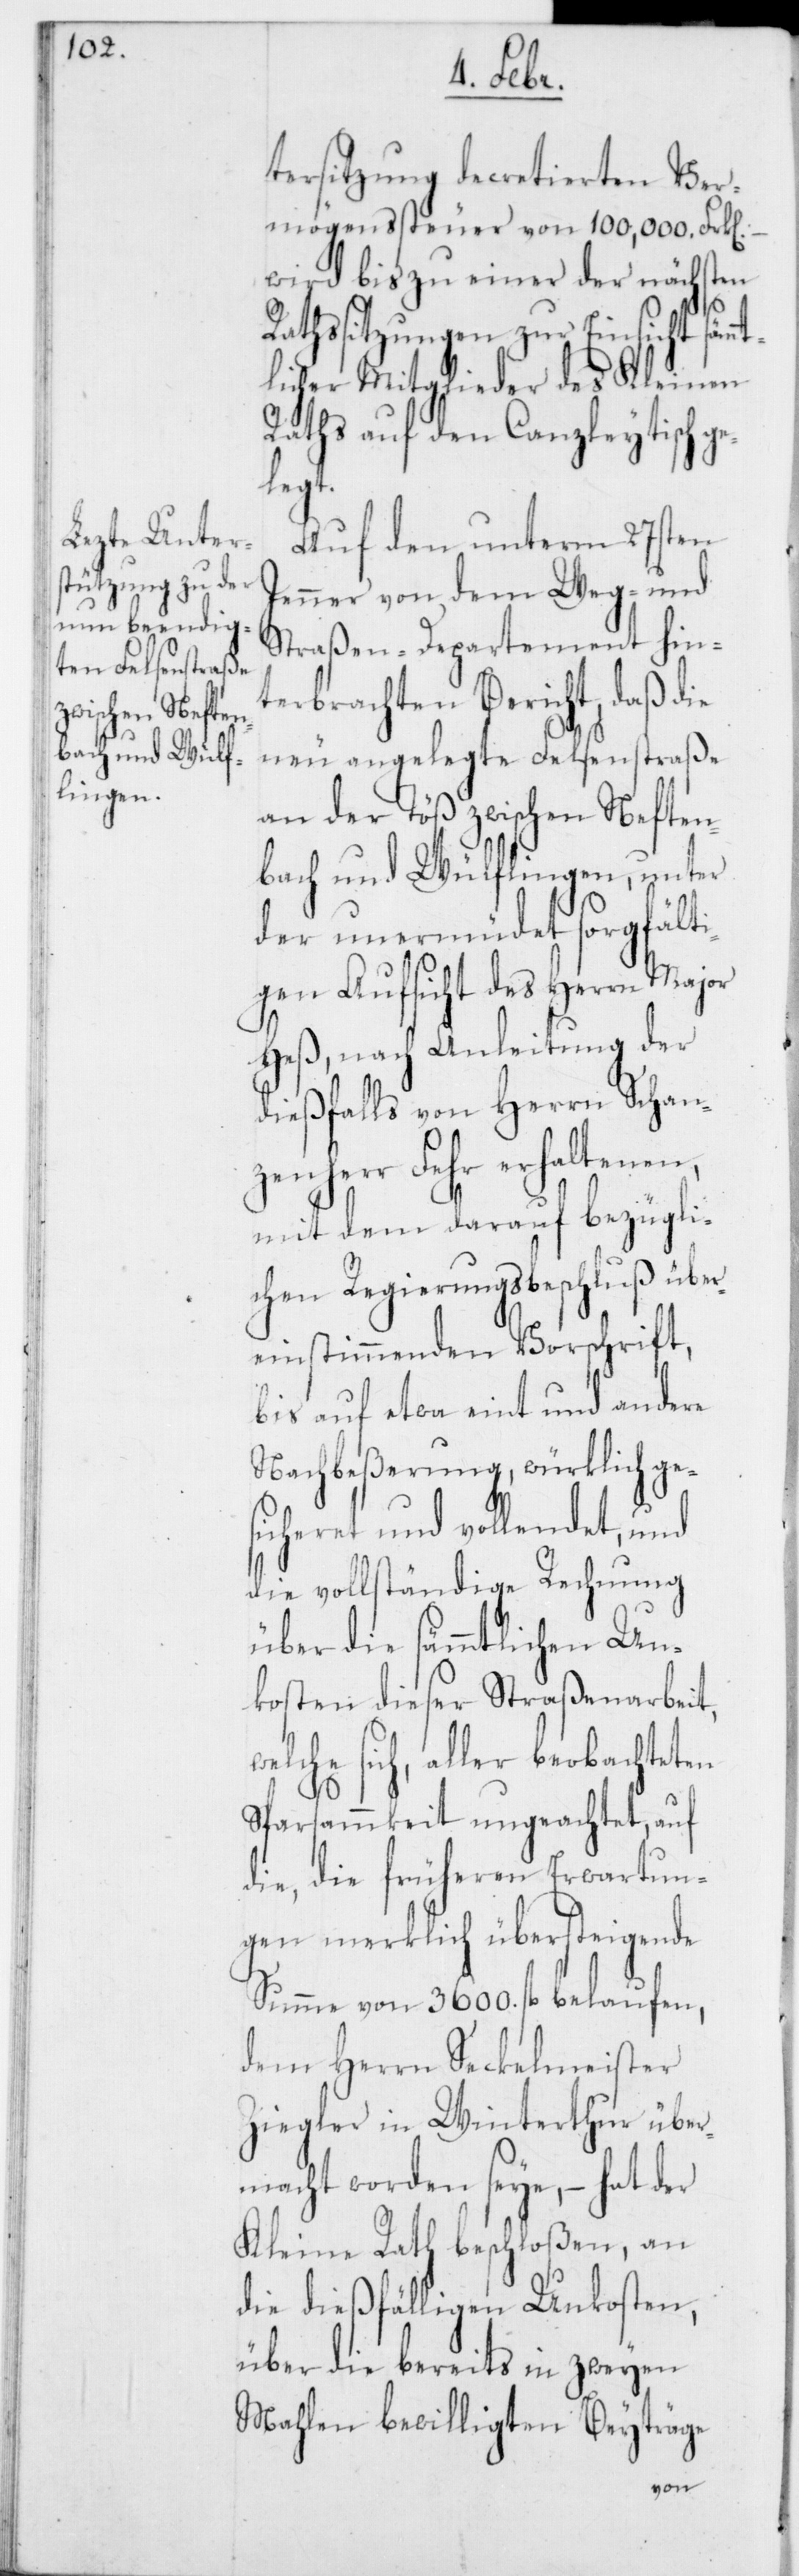
mt¬

tersitzung decretierten Ver¬
mögenssteuer von 100,000. Frk[en].
wird bis zu einer der nächsten
Rathssitzungen zur Einsicht säm¬
licher Mitglieder des Kleinen
Raths auf den Canzleytisch ge¬
legt.
Auf den unterm 27sten
Jenner von dem Weg- und
Straßen-Departement hin¬
terbrachten Bericht, daß die
neu angelegte Felsenstraße
an der Töß zwischen Neften¬
bach und Wülflingen, unter
der unermüdet sorgfält¬
igen Aufsicht des Herrn Major
Heß, nach Anleitung der
dießfalls von Herrn Schan¬
zenherr Fehr erhaltenen,
mit dem darauf bezügli¬
chen Regierungsbeschluß über¬
einstimmenden Vorschrift,
bis auf etwa eint und andere
Nachbeßerung, würklich ge¬
sicheret und vollendet, und
die vollständige Rechnung
über die sämmtlichen Un¬
kosten dieser Straßenarbeit,
welche sich, aller beobachteten
Sparsammkeit ungeachtet, auf
die, die früheren Erwartun¬
gen merklich übersteigende
Summe von 3600. fl. belaufen,
dem Herrn Seckelmeister
Ziegler in Winterthur über¬
macht worden seye, – hat der
Kleine Rath beschloßen, an
die dießfälligen Unkosten,
über die bereits in zweyen
Mahlen bewilligten Beyträge